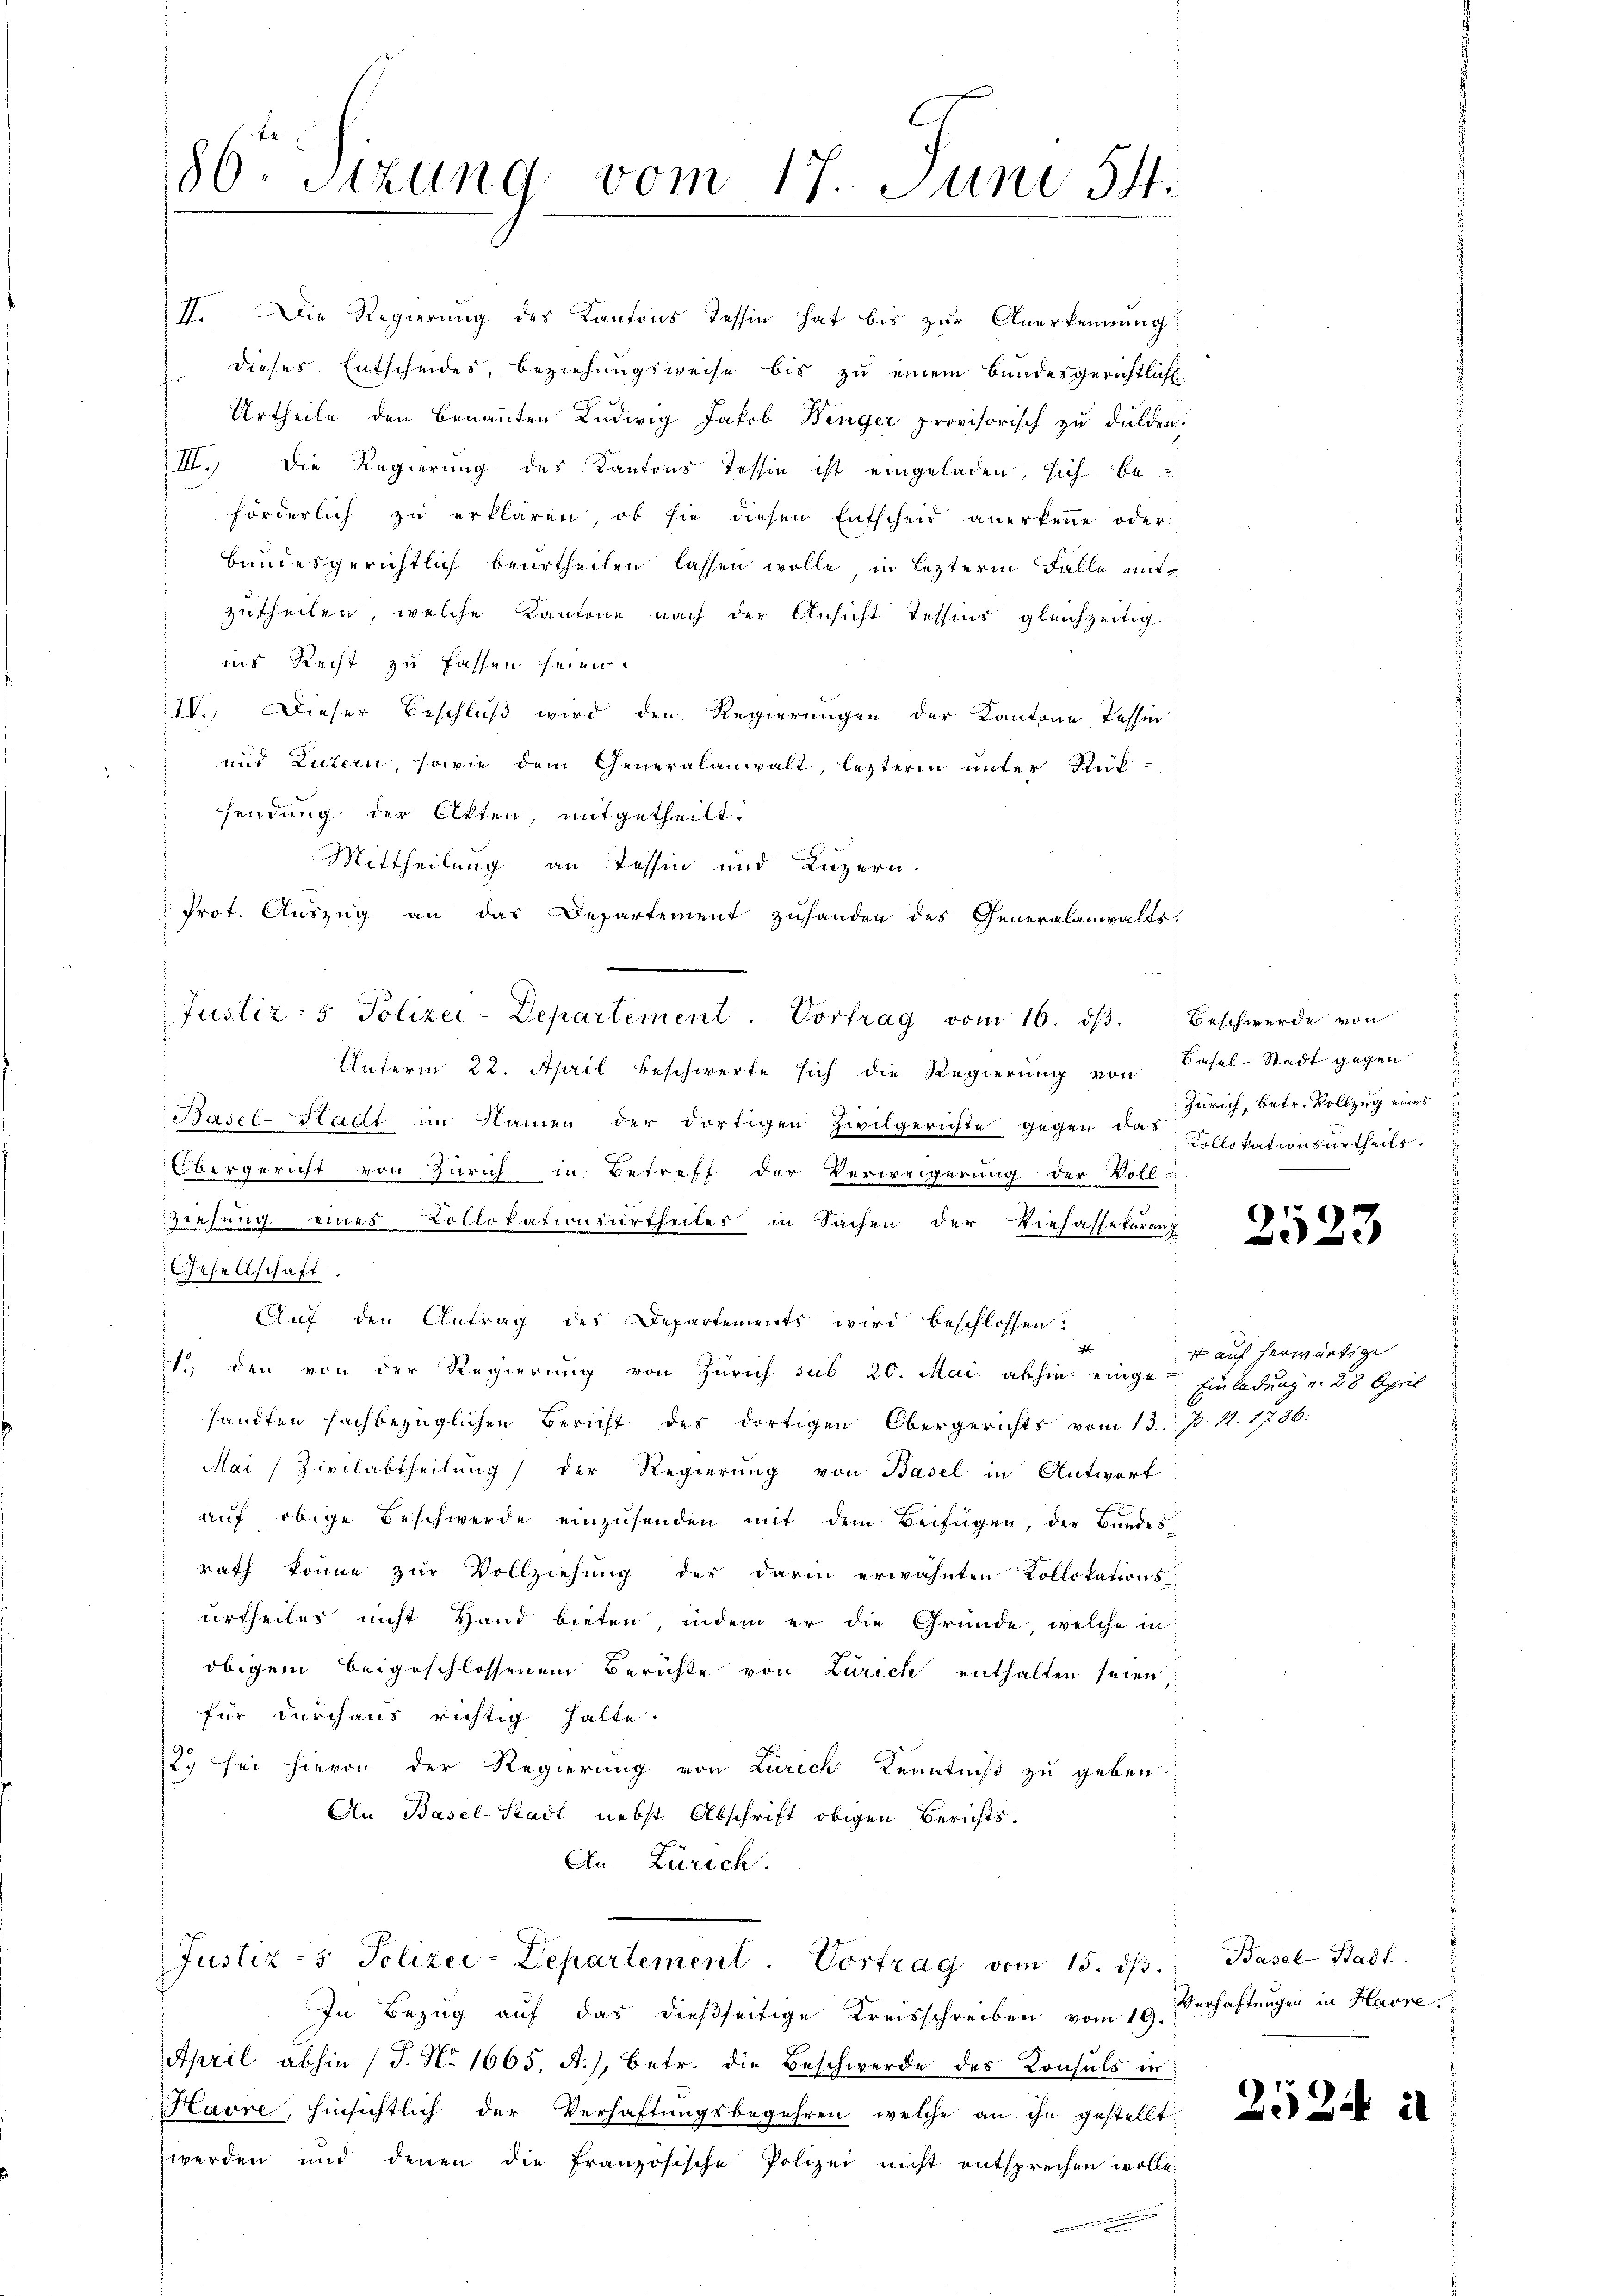
80. Sizung vom 17. Juni 54.

II. Die Regierung des Kantons Tessin hat bis zur Anerkennung
dieses Entscheides, beziehungsweise bis zu einem Bundesgerichtlich
Urtheile den benannten Ludwig Jakob Wenger provisorisch zu dulden.
III. Die Regierung des Kantons Tessin ist eingeladen, sich be
förderlich zu erklären, ob sie diesen Entscheid anerkenne oder
bundesgerichtlich beurtheilen lassen wolle, in lezterm Falle mit
zutheilen, welche Kantone nach der Ansicht Tessins gleichzeitig
ins Recht zu fassen seien.
IV. Dieser Beschluß wird den Regierungen der Kantone Tessin
und Luzern, sowie dem Generalanwalt, lezteren unter Rück-
sendung der Akten, mitgetheilt.
Mittheilung an Tessin und Luzern.
Prot. Auszug an das Departement zuhanden des Generalanwalts-
Unterm 22. April beschwerte sich die Regierung von Basel-Stadt gegen
Basel-Stadt im Namen der dortigen Zivilgerichte gegen das Kollokationsurtheils-
bergericht von Zürich in Betreff der Verweigerung der Voll-
Ziehung eines Collokationsurtheiles in Sachen der Viehassekuranz
Gesellschaft.
Auf den Antrag des Departements wird beschlossen:
t
1.) den von der Regierung von Zürich sub 20. Mai abhin eingen Einladung v. 28 April
sandten sachbezüglichen Bericht des dortigen Obergerichts vom 13. p. 11. 1736:
Mai/Zivilabtheilung der Regierung von Basel in Antwort
auf obige Beschwerde einzusenden mit dem Beifügen, der Bundes
rath könne zur Vollziehung des darin erwähnten Kollokations-
urtheiles nicht Hand bieten, indem er die Gründe, welche in
obigem beigeschlossenen Berichte von Zürich enthalten seien
für durchaus richtig halte.
2.) Sei hievon der Regierung von Zürich Kenntniß zu geben.
An Basel-Stadt nebst Abschrift obigen Berichts-
An Zürich.
Justiz- & Polizei-Departement. Vortrag vom 15. ds. Basel-Stadt.
In Bezug auf das dießseitige Kreisschreiben vom 19.
April abhin (T. No 1665, A.), betr. die Beschwerde des Konsuls in
Havre, hinsichtlich der Verhaftungsbegehren welche an ihn gestellt.
werden und deren die französische Polizei nicht entsprechen wolle.

Justiz- & Polizei-Departement. Vortrag vom 16. dβ.

Beschwerde von
Zürich, betr. Vollzug eines

2523

+ auf herwärtige

Verhaftungen in Havre,

2524 u